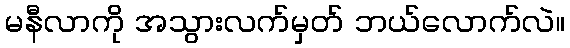
မနီလာကို အသွားလက်မှတ် ဘယ်လောက်လဲ။